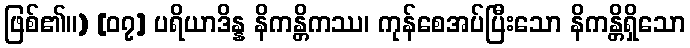
ဖြစ်၏။) [၀၇] ပရိယာဒိန္န နိကန္တိကဿ၊ ကုန်စေအပ်ပြီးသော နိကန္တိရှိသော